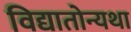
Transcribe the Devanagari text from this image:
विद्यातोन्यथा